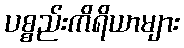
ပစ္စည်းကိရိယာများ